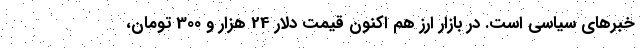
خبرهای سیاسی است. در بازار ارز هم اکنون قیمت دلار 24 هزار و 300 تومان،